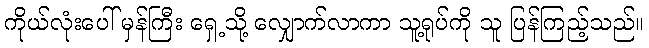
ကိုယ်လုံးပေါ် မှန်ကြီး ရှေ့သို့ လျှောက်လာကာ သူ့ရုပ်ကို သူ ပြန်ကြည့်သည်။